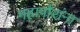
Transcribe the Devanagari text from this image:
महापौरांना